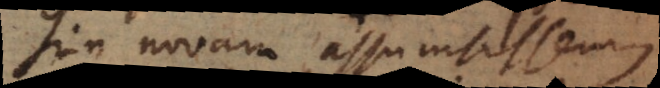
Sin novam assumsissemus